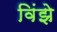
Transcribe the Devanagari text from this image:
विंझे